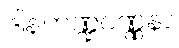
ဒါနကဏ္ဍဝဏ္ဏနာ